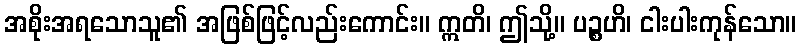
အစိုးအရသောသူ၏ အဖြစ်ဖြင့်လည်းကောင်း။ ဣတိ၊ ဤသို့။ ပဉ္စဟိ၊ ငါးပါးကုန်သော။